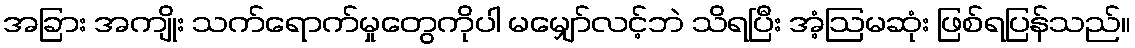
အခြား အကျိုး သက်ရောက်မှုတွေကိုပါ မမျှော်လင့်ဘဲ သိရပြီး အံ့ဩမဆုံး ဖြစ်ရပြန်သည်။